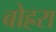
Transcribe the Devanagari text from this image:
बोह्ररा